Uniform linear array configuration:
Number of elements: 64
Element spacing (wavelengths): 1
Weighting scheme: hann
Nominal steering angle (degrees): -30
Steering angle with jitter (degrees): -28.477
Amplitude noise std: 0.05
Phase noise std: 0.05

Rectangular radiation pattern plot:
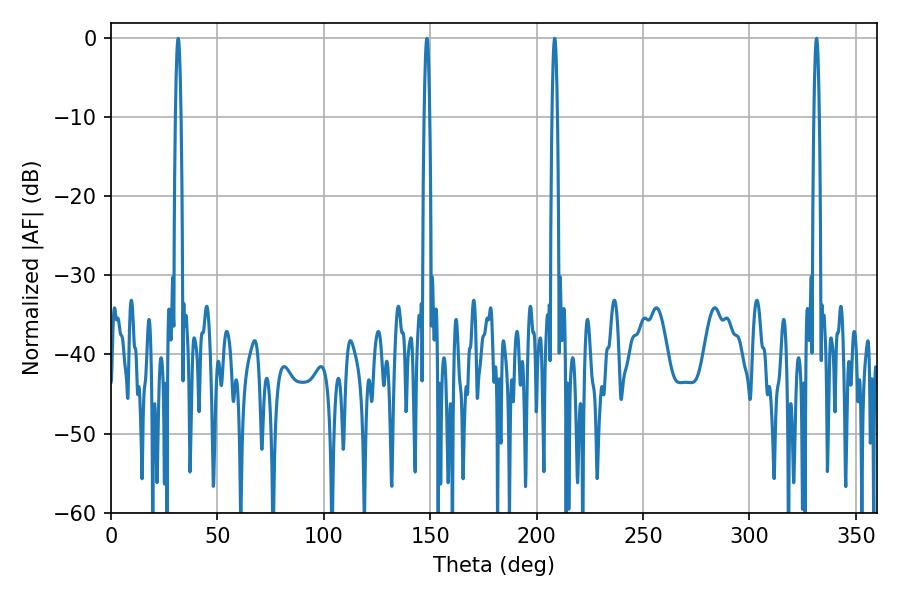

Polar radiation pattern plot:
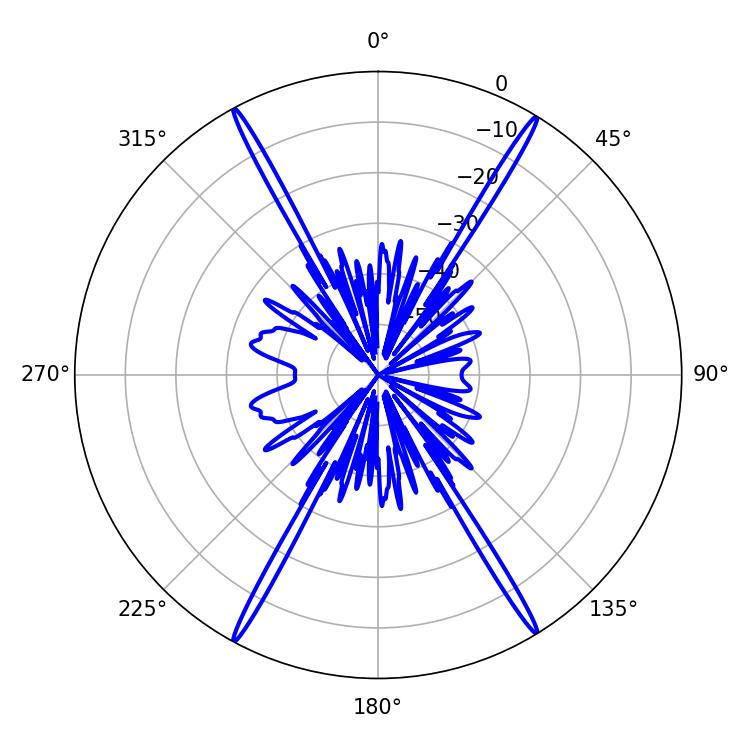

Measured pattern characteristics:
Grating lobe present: TRUE
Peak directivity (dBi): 27.812
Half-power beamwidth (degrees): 1.26
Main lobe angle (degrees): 208.44